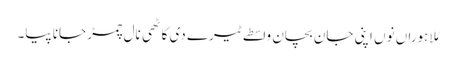
مُلا ہوراں نوں اپنی جان بچان واسطے ٹیرے دی کاٹھی نال چمڑ جانا پیا۔